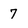
Character: 7